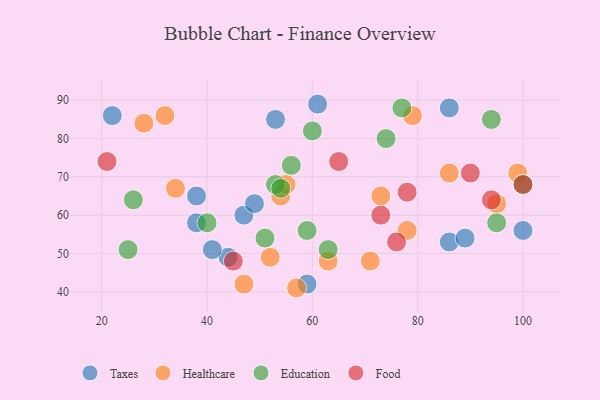
{"axis": {"x": "GDP", "y": "Life Expectancy"}, "legend": ["Education", "Food", "Healthcare", "Taxes"], "data": [{"x": "100", "y": 56, "type": "Taxes"}, {"x": "53", "y": 85, "type": "Taxes"}, {"x": "47", "y": 60, "type": "Taxes"}, {"x": "61", "y": 89, "type": "Taxes"}, {"x": "22", "y": 86, "type": "Taxes"}, {"x": "44", "y": 49, "type": "Taxes"}, {"x": "38", "y": 58, "type": "Taxes"}, {"x": "49", "y": 63, "type": "Taxes"}, {"x": "41", "y": 51, "type": "Taxes"}, {"x": "86", "y": 53, "type": "Taxes"}, {"x": "89", "y": 54, "type": "Taxes"}, {"x": "59", "y": 42, "type": "Taxes"}, {"x": "86", "y": 88, "type": "Taxes"}, {"x": "38", "y": 65, "type": "Taxes"}, {"x": "47", "y": 42, "type": "Healthcare"}, {"x": "34", "y": 67, "type": "Healthcare"}, {"x": "95", "y": 63, "type": "Healthcare"}, {"x": "63", "y": 48, "type": "Healthcare"}, {"x": "79", "y": 86, "type": "Healthcare"}, {"x": "28", "y": 84, "type": "Healthcare"}, {"x": "73", "y": 65, "type": "Healthcare"}, {"x": "54", "y": 65, "type": "Healthcare"}, {"x": "52", "y": 49, "type": "Healthcare"}, {"x": "32", "y": 86, "type": "Healthcare"}, {"x": "99", "y": 71, "type": "Healthcare"}, {"x": "71", "y": 48, "type": "Healthcare"}, {"x": "57", "y": 41, "type": "Healthcare"}, {"x": "86", "y": 71, "type": "Healthcare"}, {"x": "55", "y": 68, "type": "Healthcare"}, {"x": "78", "y": 56, "type": "Healthcare"}, {"x": "56", "y": 73, "type": "Education"}, {"x": "63", "y": 51, "type": "Education"}, {"x": "77", "y": 88, "type": "Education"}, {"x": "60", "y": 82, "type": "Education"}, {"x": "40", "y": 58, "type": "Education"}, {"x": "59", "y": 56, "type": "Education"}, {"x": "26", "y": 64, "type": "Education"}, {"x": "25", "y": 51, "type": "Education"}, {"x": "51", "y": 54, "type": "Education"}, {"x": "74", "y": 80, "type": "Education"}, {"x": "94", "y": 85, "type": "Education"}, {"x": "100", "y": 68, "type": "Education"}, {"x": "53", "y": 68, "type": "Education"}, {"x": "54", "y": 67, "type": "Education"}, {"x": "95", "y": 58, "type": "Education"}, {"x": "76", "y": 53, "type": "Food"}, {"x": "45", "y": 48, "type": "Food"}, {"x": "90", "y": 71, "type": "Food"}, {"x": "78", "y": 66, "type": "Food"}, {"x": "100", "y": 68, "type": "Food"}, {"x": "21", "y": 74, "type": "Food"}, {"x": "73", "y": 60, "type": "Food"}, {"x": "65", "y": 74, "type": "Food"}, {"x": "94", "y": 64, "type": "Food"}]}